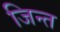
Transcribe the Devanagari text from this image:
जिन्त